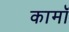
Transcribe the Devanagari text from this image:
कामॉ